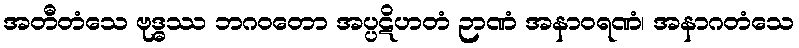
အတီတံသေ ဗုဒ္ဓဿ ဘဂဝတော အပ္ပဋိဟတံ ဉာဏံ အနာဝရဏံ၊ အနာဂတံသေ